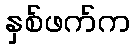
နှစ်ဖက်က